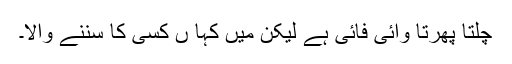
چلتا پھرتا وائی فائی ہے لیکن میں کہا ں کسی کا سننے والا۔